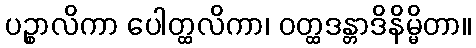
ပဉ္စာလိကာ ပေါတ္ထလိကာ၊ ဝတ္ထဒန္တာဒိနိမ္မိတာ။